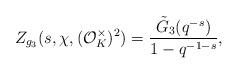
LaTeX: \begin{align*}Z_{g_3}(s, \chi, (\mathcal{O}_K^{\times})^2)=\dfrac{\tilde{G}_3(q^{-s})}{1-q^{-1-s}},\end{align*}